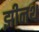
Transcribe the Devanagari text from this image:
झीनथ